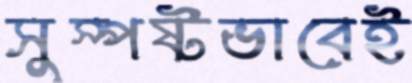
সুস্পষ্টভাবেই